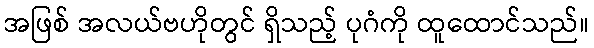
အဖြစ် အလယ်ဗဟိုတွင် ရှိသည့် ပုဂံကို ထူထောင်သည်။